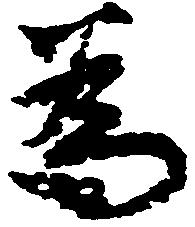
為